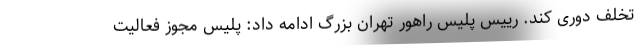
تخلف دوری کند. رییس پلیس راهور تهران بزرگ ادامه داد: پلیس مجوز فعالیت